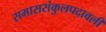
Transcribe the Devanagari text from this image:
समाससंकुलपदावली